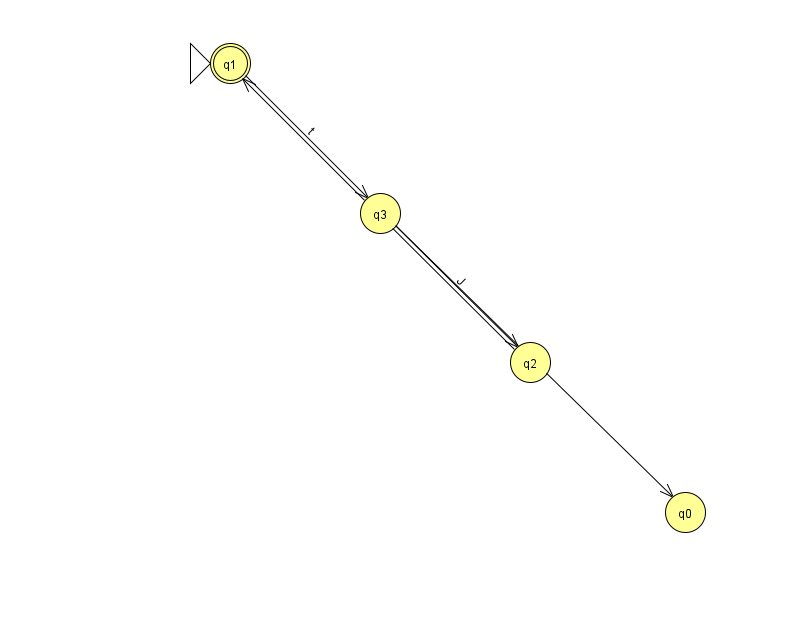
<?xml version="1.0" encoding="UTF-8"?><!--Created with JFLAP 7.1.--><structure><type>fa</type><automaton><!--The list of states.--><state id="0" name="q0"><x>685.0</x><y>499.0</y></state><state id="1" name="q1"><x>230.0</x><y>50.0</y><initial/><final/></state><state id="2" name="q2"><x>530.0</x><y>349.0</y></state><state id="3" name="q3"><x>380.0</x><y>200.0</y></state><!--The list of transitions.--><transition><from>1</from><to>3</to><read>t</read></transition><transition><from>2</from><to>1</to><read>a</read></transition><transition><from>3</from><to>2</to><read>J</read></transition><transition><from>3</from><to>0</to><read>s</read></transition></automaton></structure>